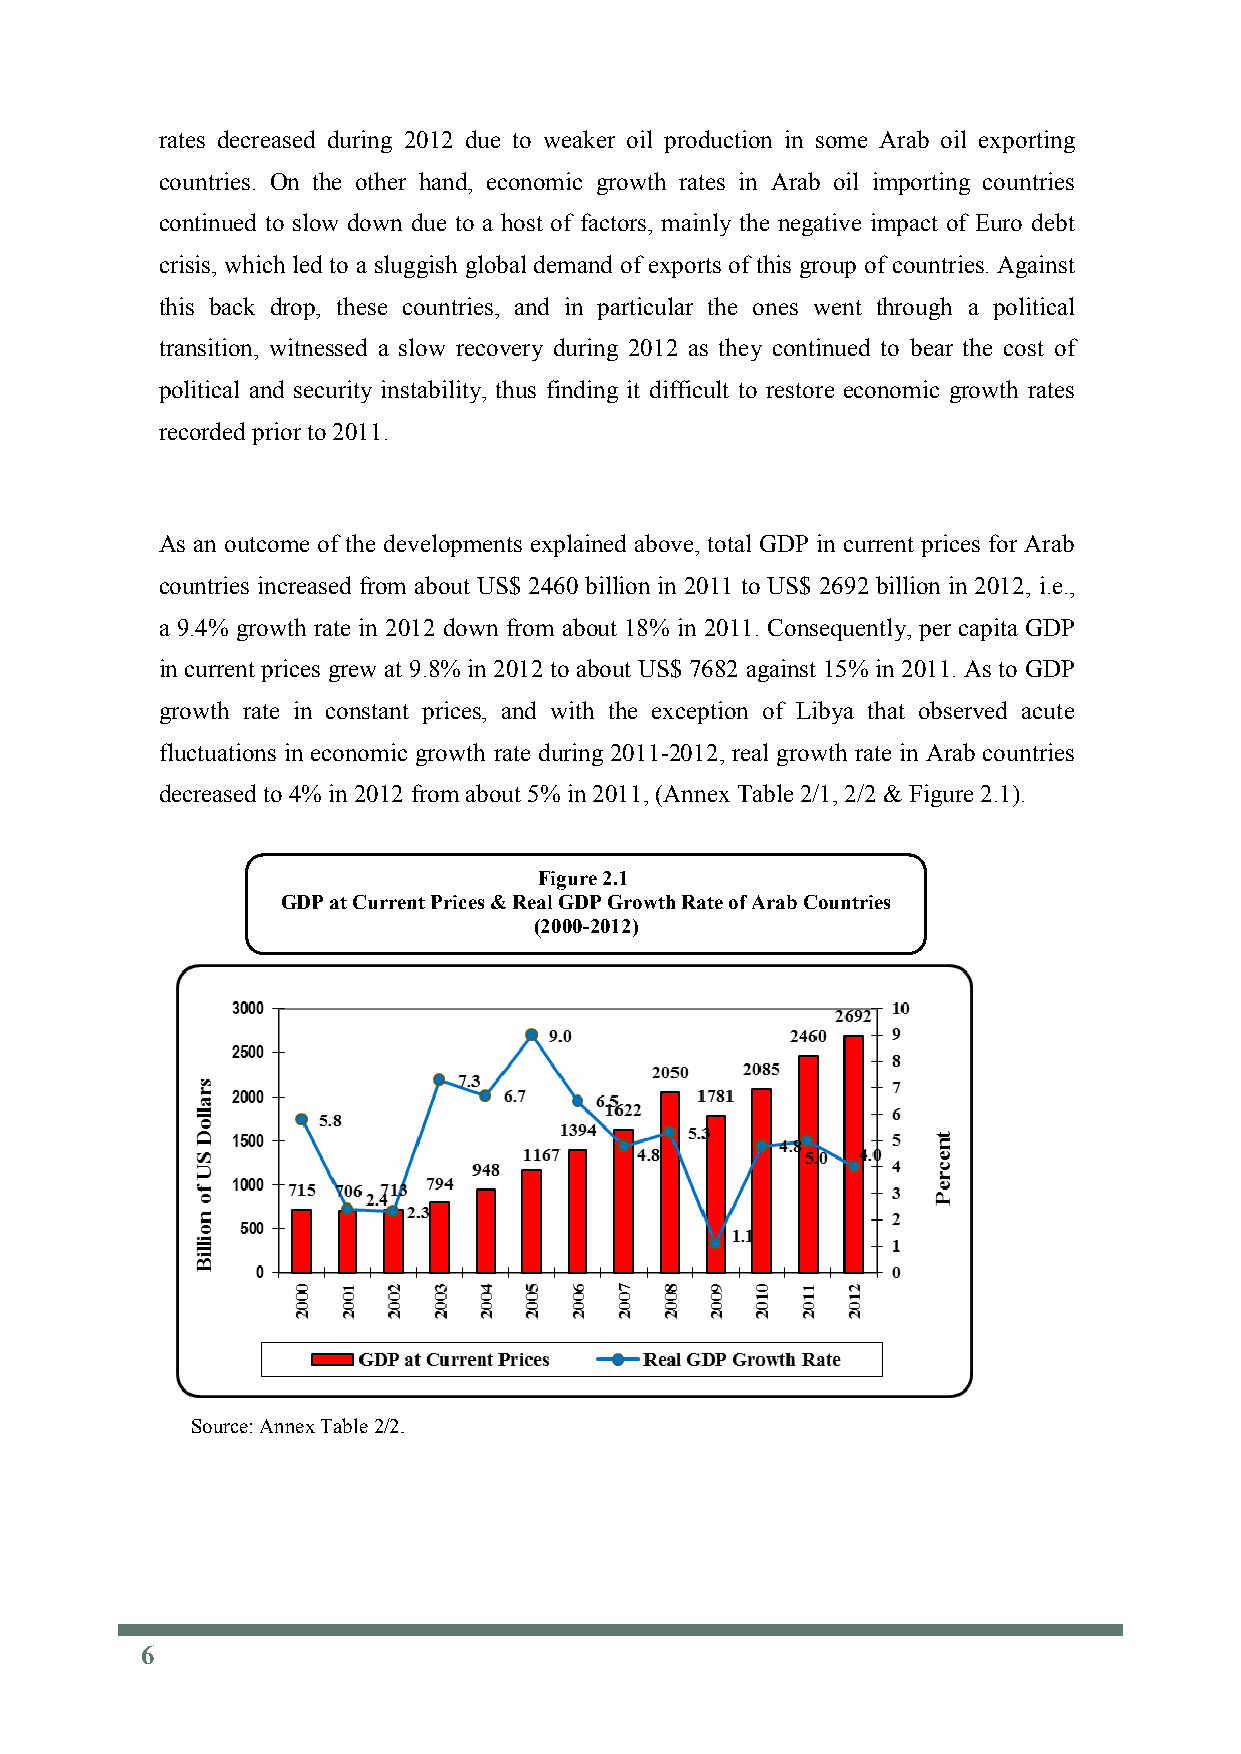
rates decreased during 2012 due to weaker oil production in some Arab oil exporting
 countries. On the other hand, economic growth rates in Arab oil importing countries
 continued to slow down due to a host of factors, mainly the negative impact of Euro debt
 crisis, which led to a sluggish global demand of exports of this group of countries. Against
 this back drop, these countries, and in particular the ones went through a political
 transition, witnessed a slow recovery during 2012 as they continued to bear the cost of
 political and security instability, thus finding it difficult to restore economic growth rates
 recorded prior to 2011.
 As an outcome of the developments explained above, total GDP in current prices for Arab
 countries increased from about US$ 2460 billion in 2011 to US$ 2692 billion in 2012, i.e.,
 a 9.4% growth rate in 2012 down from about 18% in 2011. Consequently, per capita GDP
 in current prices grew at 9.8% in 2012 to about US$ 7682 against 15% in 2011. As to GDP
 growth rate in constant prices, and with the exception of Libya that observed acute
 fluctuations in economic growth rate during 2011-2012, real growth rate in Arab countries
 decreased to 4% in 2012 from about 5% in 2011, (Annex Table 2/1, 2/2 & Figure 2.1).
 Figure 2.1
 GDP at Current Prices & Real GDP Growth Rate of Arab Countries
 (2000-2012)
 Source: Annex Table 2/2.
 6
 6